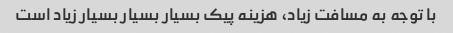
با توجه به مسافت زیاد، هزینه پیک بسیار بسیار بسیار زیاد است